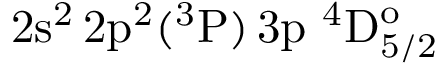
\mathrm { 2 s ^ { 2 } \, 2 p ^ { 2 } ( ^ { 3 } P ) \, 3 p ~ ^ { 4 } D _ { 5 / 2 } ^ { o } }